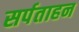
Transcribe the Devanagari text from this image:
सर्पताहन